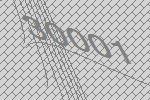
30001